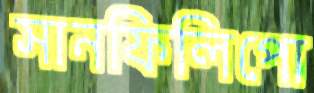
সানফিলিপো